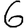
Digit: 6